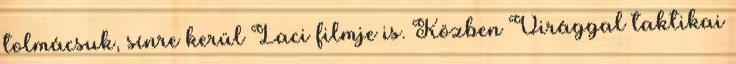
tolmácsuk, sínre kerül Laci filmje is. Közben Virággal taktikai